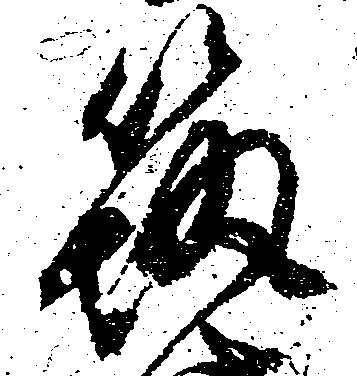
筑